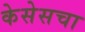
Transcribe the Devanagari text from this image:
केसेसचा